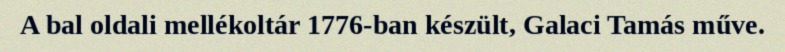
A bal oldali mellékoltár 1776-ban készült, Galaci Tamás műve.